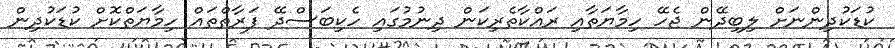
ކުޑަކުދިންނަށް ލިބިދޭން ޖެހޭ ހިމާޔަތާއި ރައްކާތެރިކަން ދިނުމުގައި ހެކިބަސްދޭ ފަރާތްތައް ހިމާޔަތްކޮށް ކުޑަކުދިން